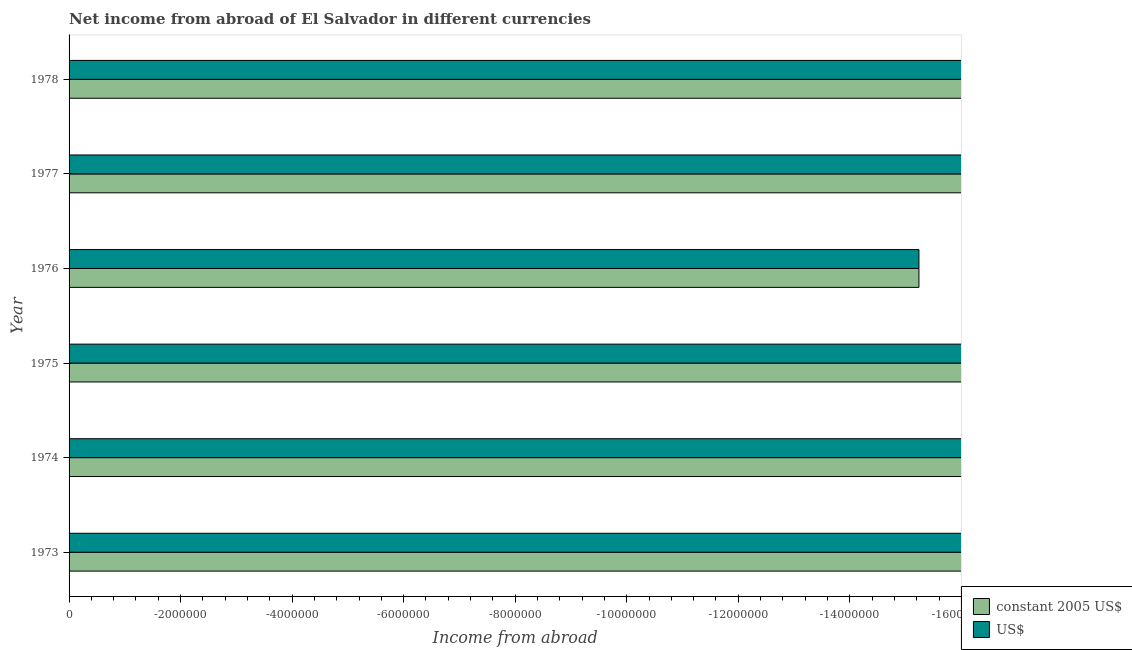
| Year | constant 2005 US$ | US$ |
 | --- | --- | --- |
 | 1973 | -1.61e+07 | -1.61e+07 |
 | 1974 | -3.48e+07 | -3.48e+07 |
 | 1975 | -4.03e+07 | -4.03e+07 |
 | 1976 | -1.52e+07 | -1.52e+07 |
 | 1977 | -2.77e+07 | -2.77e+07 |
 | 1978 | -5.23e+07 | -5.23e+07 |